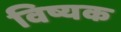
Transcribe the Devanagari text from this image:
विष्यक